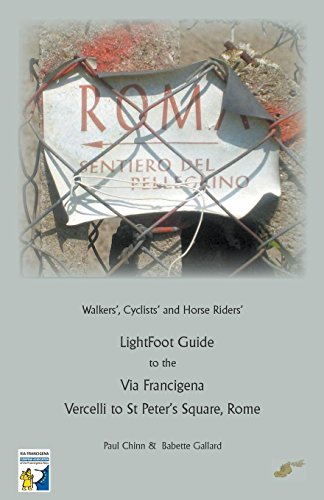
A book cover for Lightfoot Guide to the Via Francigena - Vercelli to St Peter's Square, Rome; Babette Gallard; Travel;